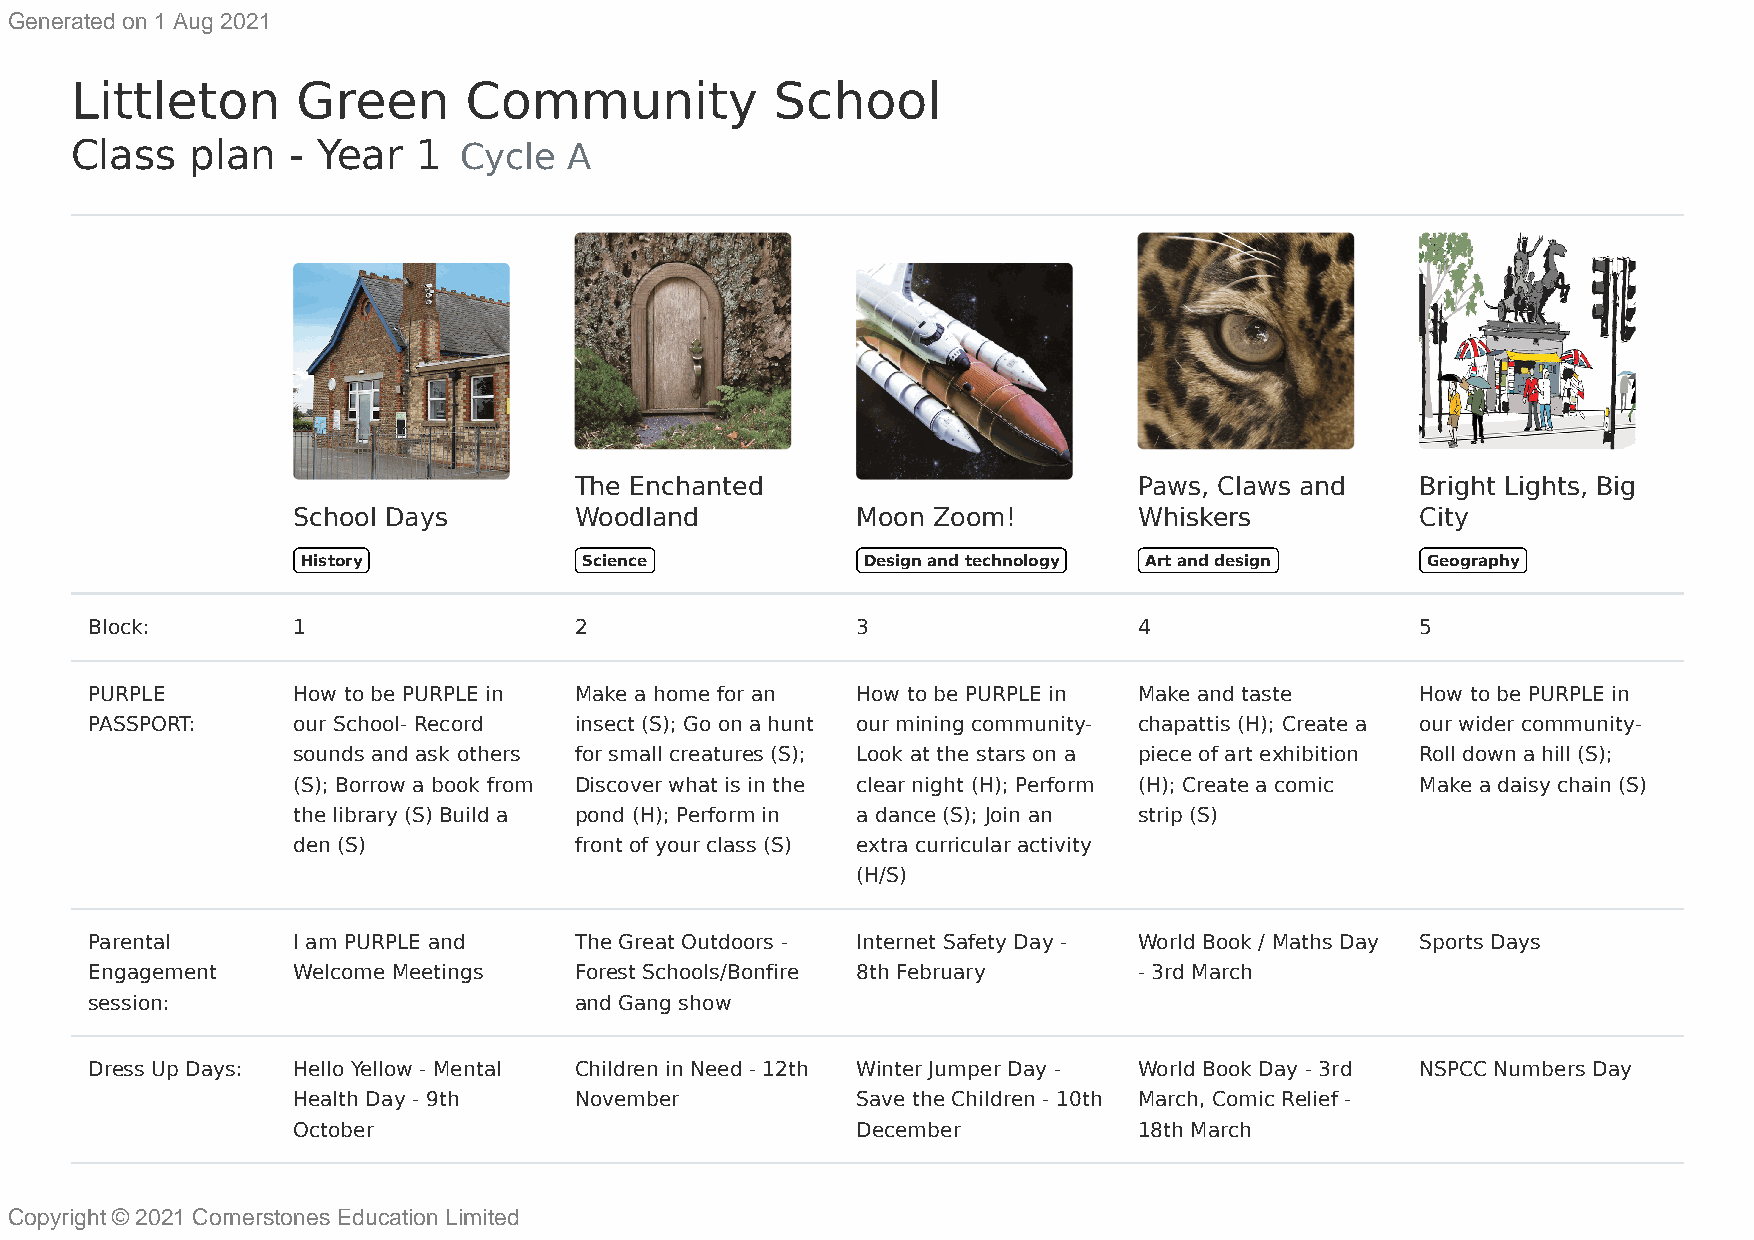
Generated on 1 Aug 2021
 Littleton      Green      Community           School
 Class   plan  - Year   1 Cycle   A
 The Enchanted                        Paws, Claws and    Bright Lights, Big
 School Days        Woodland           Moon Zoom!        Whiskers           City
 History            Science           Design and technology Art and design Geography
 Block:       1                  2                  3                 4                  5
 PURPLE       How to be PURPLE in Make a home for an How to be PURPLE in Make and taste  How to be PURPLE in
 PASSPORT:    our School- Record insect (S); Go on a hunt our mining community- chapattis (H); Create a our wider community-
 sounds and ask others for small creatures (S); Look at the stars on a piece of art exhibition Roll down a hill (S);
 (S); Borrow a book from Discover what is in the clear night (H); Perform (H); Create a comic Make a daisy chain (S)
 the library (S) Build a pond (H); Perform in a dance (S); Join an strip (S)
 den (S)            front of your class (S) extra curricular activity
 (H/S)
 Parental     I am PURPLE and    The Great Outdoors - Internet Safety Day - World Book / Maths Day Sports Days
 Engagement   Welcome Meetings   Forest Schools/Bonfire 8th February  - 3rd March
 session:                        and Gang show
 Dress Up Days: Hello Yellow - Mental Children in Need - 12th Winter Jumper Day - World Book Day - 3rd NSPCC Numbers Day
 Health Day - 9th   November           Save the Children - 10th March, Comic Relief -
 October                               December          18th March
 Copyright © 2021 Cornerstones Education Limited